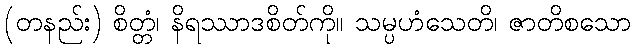
(တနည်း) စိတ္တံ၊ နိရဿာဒစိတ်ကို။ သမ္ပဟံသေတိ၊ ဇာတိစသော